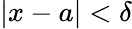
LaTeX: |x-a|<\delta